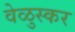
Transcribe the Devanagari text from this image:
वेळुस्कर